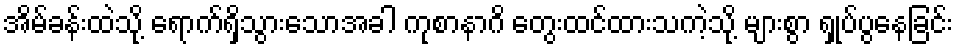
အိမ်ခန်းထဲသို့ ရောက်ရှိသွားသောအခါ ကုစာနာဂိ တွေးထင်ထားသကဲ့သို့ များစွာ ရှုပ်ပွနေခြင်း